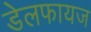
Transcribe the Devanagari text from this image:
डेलफायज